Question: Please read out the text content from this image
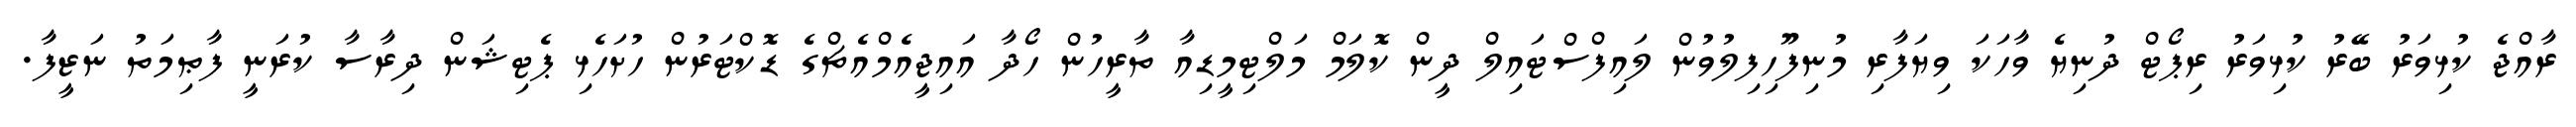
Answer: ރާއްޖެ ކުޅިވަރު ބޭރު ކުޅިވަރު ރިޕޯޓް ދުނިޔެ ވާހަކަ ވިޔަފާރި މުނިފޫހިފިލުވުން ލައިފްސްޓައިލް ދީން ކޮލަމް މަލްޓިމީޑިއާ ތާރީހުން ހޯދާ އައިޖީއެމްއެޗްގެ ޑޮކްޓަރުން ހުށަހެޅި ޕެޓިޝަން ދިރާސާ ކުރަނީ ފާޠިމަތު ނަޒީފާ.